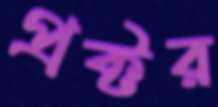
প্রক্টর